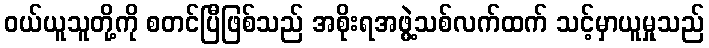
ဝယ်ယူသူတို့ကို စတင်ပြီဖြစ်သည် အစိုးရအဖွဲ့သစ်လက်ထက် သင့်မှာယူမှုသည်